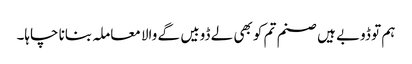
ہم تو ڈوبے ہیں صنم تم کو بھی لے ڈوبیں گے والا معاملہ بنانا چاہا۔